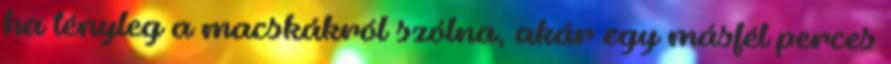
ha tényleg a macskákról szólna, akár egy másfél perces